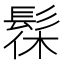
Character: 髹